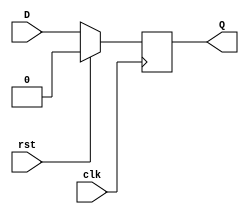
module FF_Q
    (
        input D,clk,rst,
        output reg Q
    );

    always @(posedge clk ) 
    begin
        if (rst) 
        begin
            Q<=1'b0;    
        end 
        else
            Q=D;   
    end
endmodule